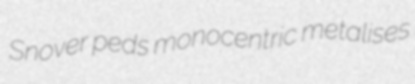
Snover peds monocentric metalises